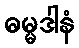
ဓမ္မဒါနံ